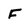
Character: f